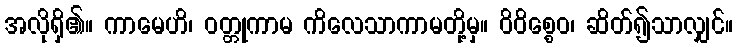
အလိုရှိ၏။ ကာမေဟိ၊ ဝတ္တုကာမ ကိလေသာကာမတို့မှ။ ဝိဝိစ္စေဝ၊ ဆိတ်၍သာလျှင်။